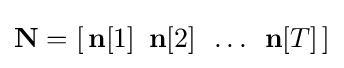
{\textstyle \mathbf {N} =[\,\mathbf {n} [1]\,\ \mathbf {n} [2]\,\ \dots \,\ \mathbf {n} [T]\,]}